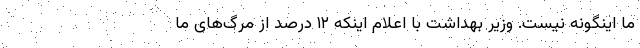
ما اینگونه نیست. وزیر بهداشت با اعلام اینکه ۱۲ درصد از مرگ‌های ما